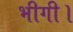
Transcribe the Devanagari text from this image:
भीगी।